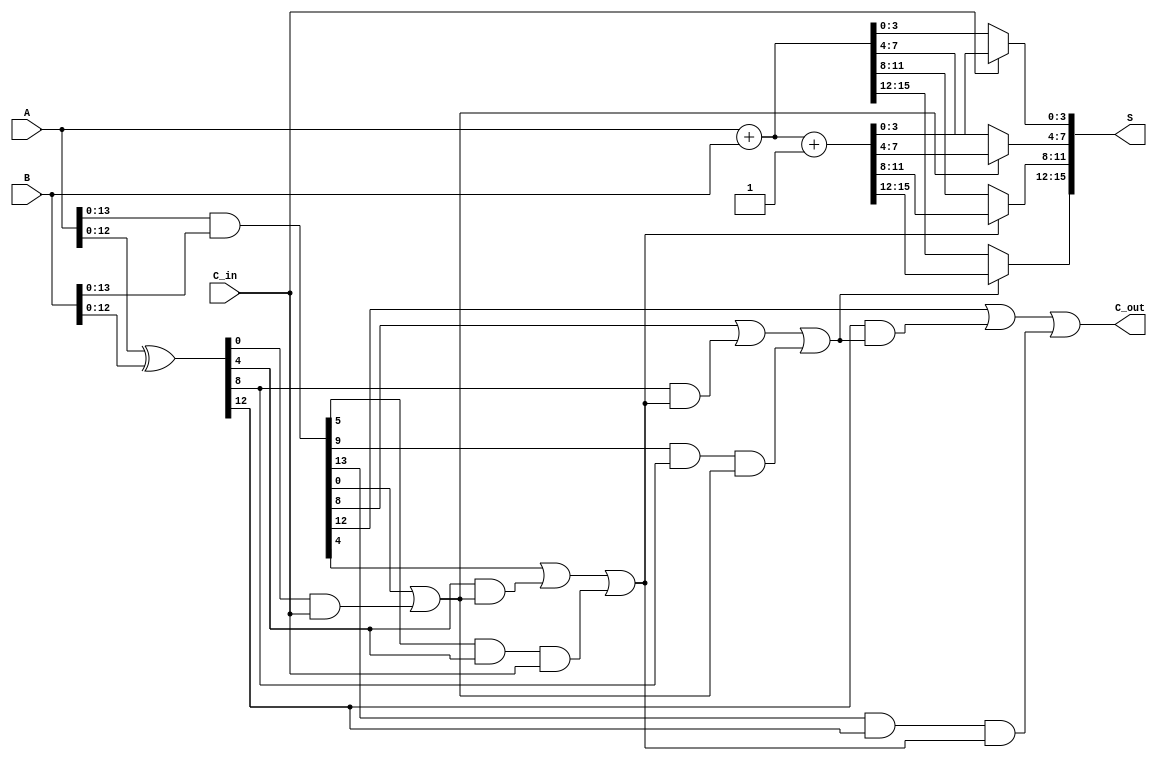
module ParallelPrefixCarrySelectAdder #(parameter N = 16) (
    input [N-1:0] A,
    input [N-1:0] B,
    input C_in,
    output [N-1:0] S,
    output C_out
);

    // Generate and Propagate signals
    wire [N-1:0] G; // Generate signals
    wire [N-1:0] P; // Propagate signals

    assign G = A & B; // Generate
    assign P = A ^ B; // Propagate

    // Carry signals
    wire [N/4:0] C; // Carry signals for each block
    assign C[0] = C_in; // Initial carry input

    // Prefix computation for carry signals
    genvar i;
    generate
        for (i = 0; i < N/4; i = i + 1) begin : carry_generation
            wire [3:0] G_block;
            wire [3:0] P_block;

            assign G_block = G[i*4 +: 4];
            assign P_block = P[i*4 +: 4];

            // Compute carry for the block
            if (i == 0) begin
                assign C[i+1] = G_block[0] | (P_block[0] & C[i]);
            end else begin
                assign C[i+1] = G_block[0] | (P_block[0] & C[i]) | (G_block[1] & P_block[0] & C[i-1]);
            end
        end
    endgenerate

    // Sum generation
    wire [N-1:0] S0; // Sum with C_in = 0
    wire [N-1:0] S1; // Sum with C_in = 1

    // Calculate sums for both cases
    assign S0 = A + B; // Sum with C_in = 0
    assign S1 = A + B + 1; // Sum with C_in = 1

    // Select the correct sum based on carry signals
    generate
        for (i = 0; i < N/4; i = i + 1) begin : sum_selection
            assign S[i*4 +: 4] = C[i] ? S1[i*4 +: 4] : S0[i*4 +: 4];
        end
    endgenerate

    // Final carry out
    assign C_out = C[N/4];

endmodule